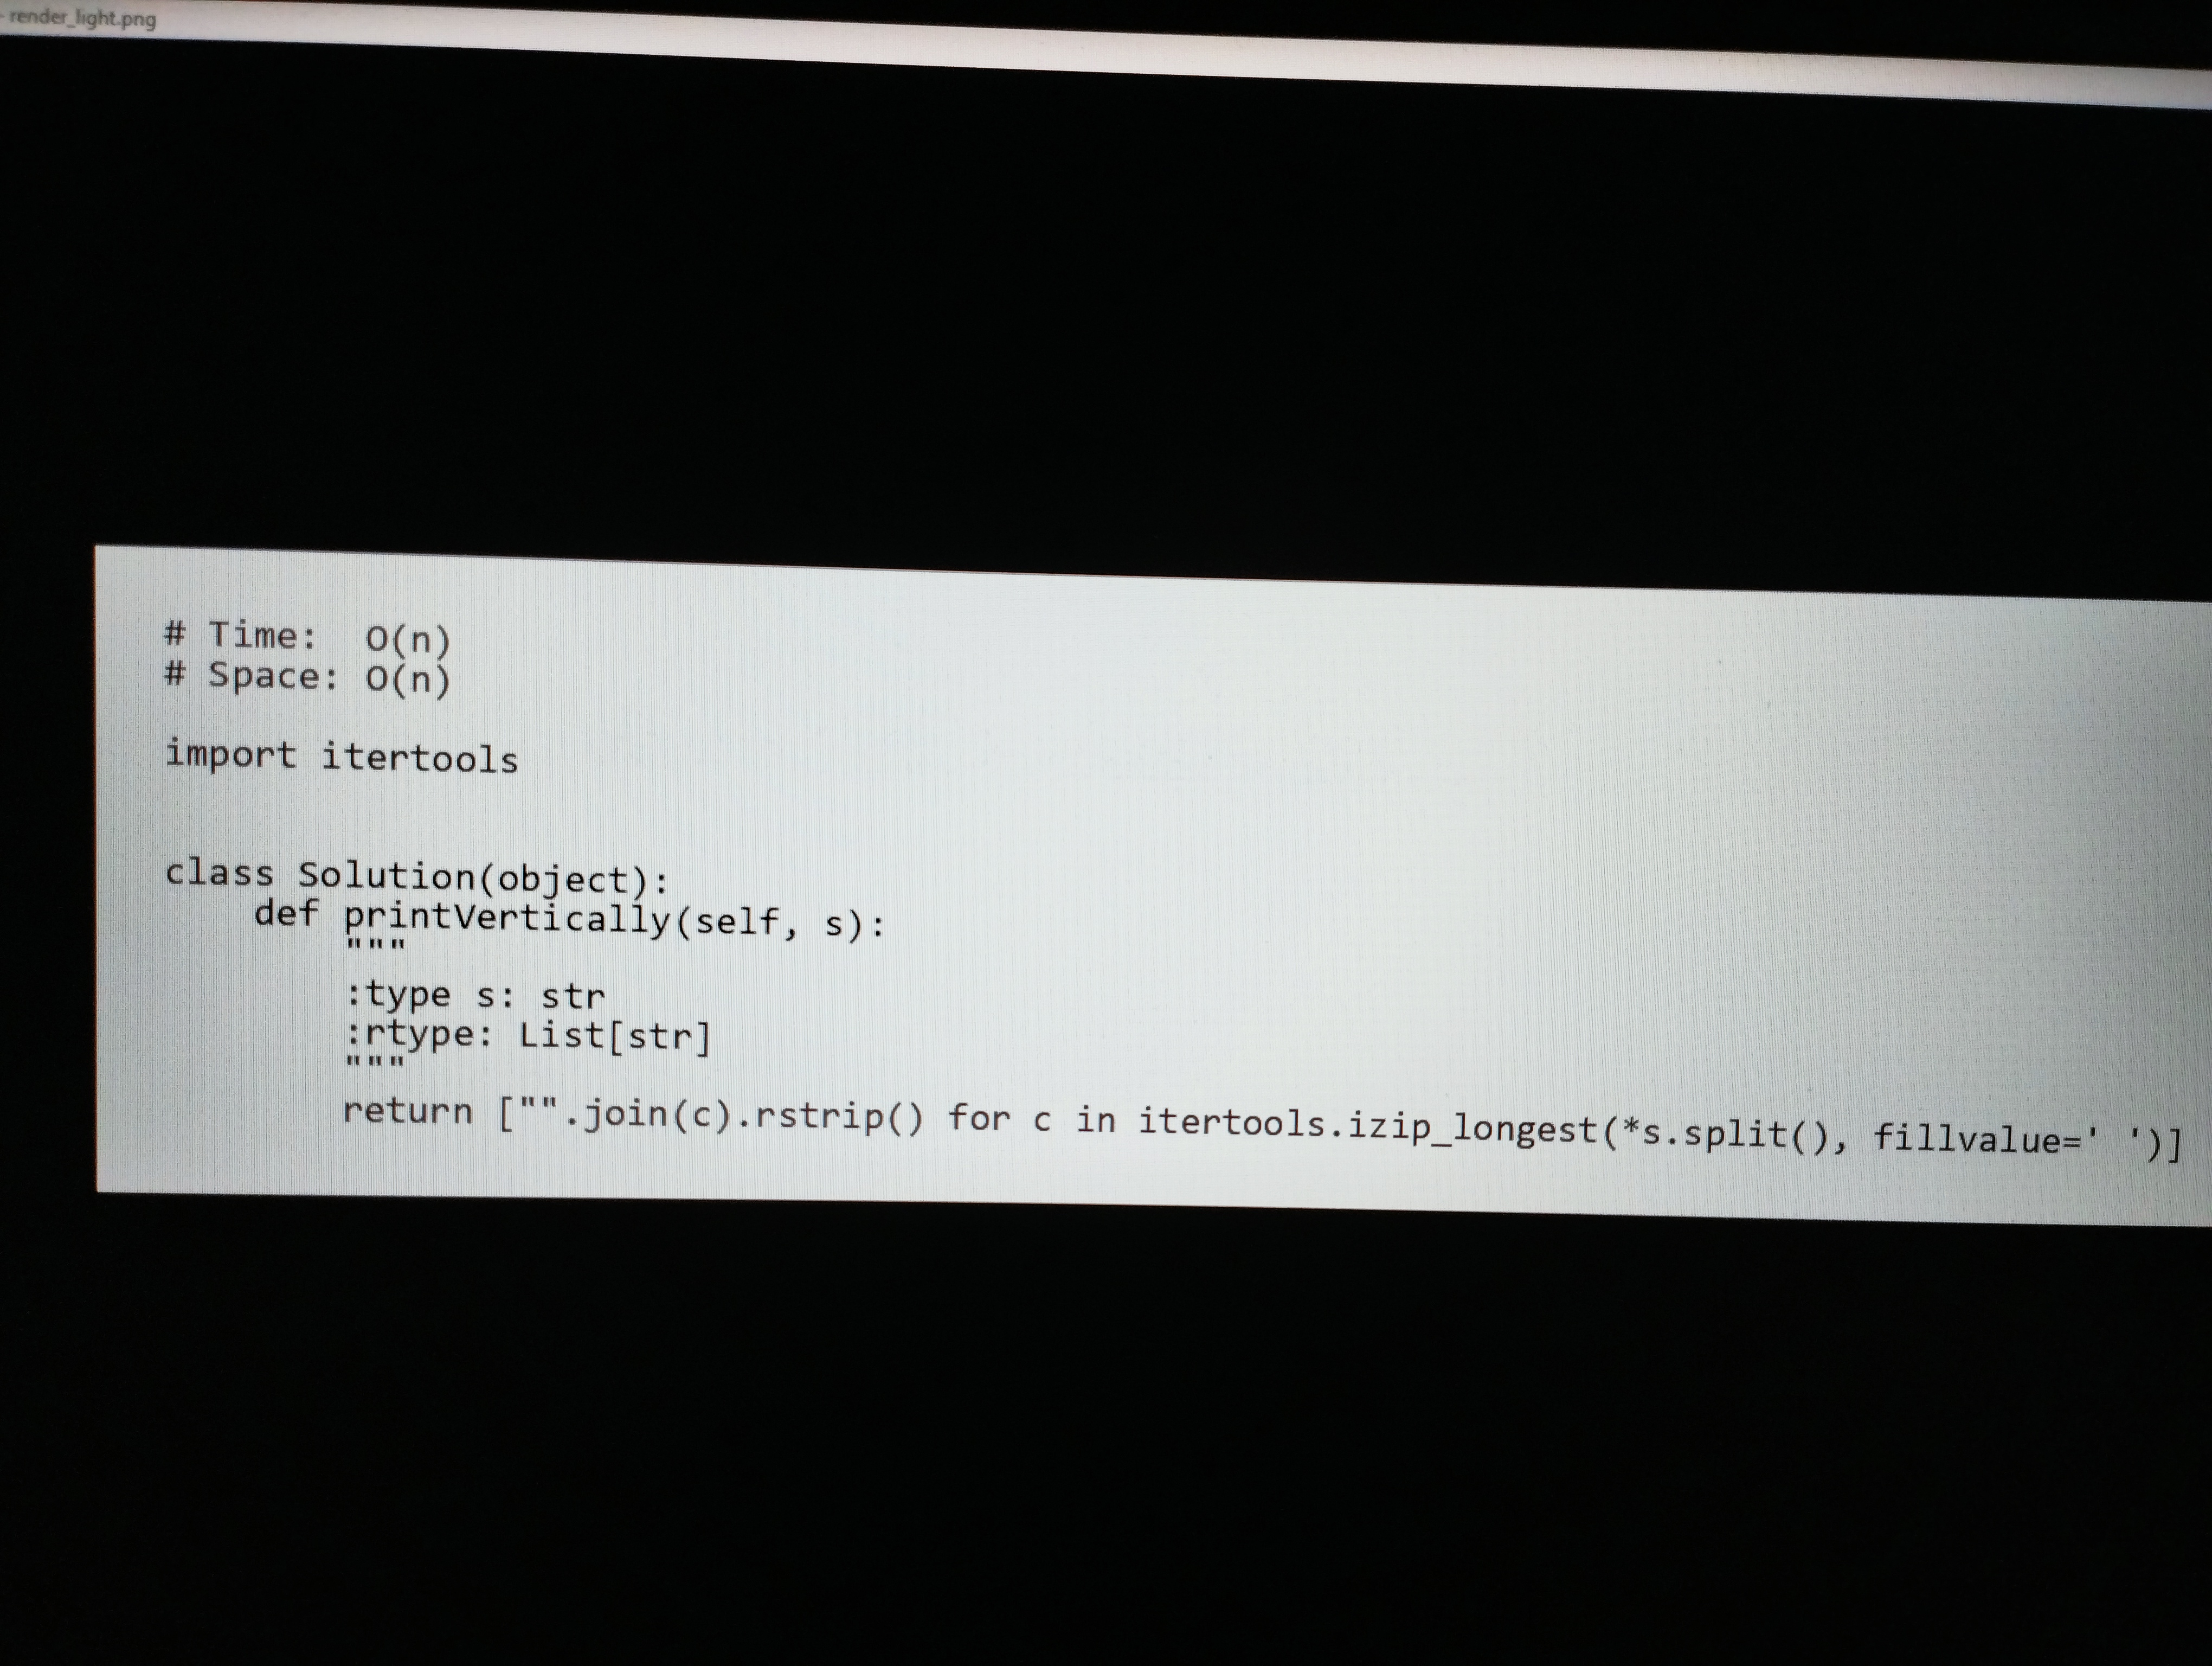
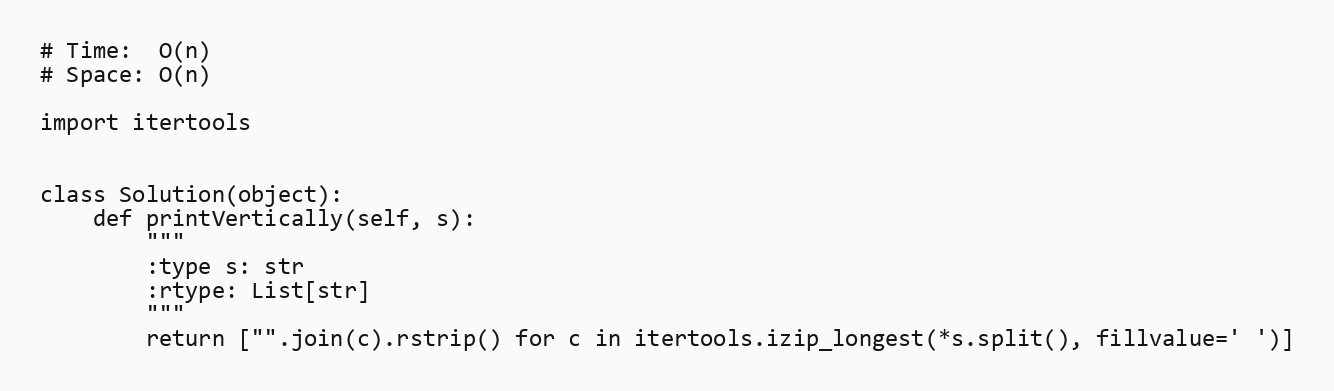
# Time:  O(n)
# Space: O(n)

import itertools

class Solution(object):
    def printVertically(self, s):
        """
        :type s: str
        :rtype: List[str]
        """
        return ["".join(c).rstrip() for c in itertools.izip_longest(*s.split(), fillvalue=' ')]